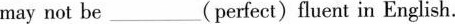
may not be ___ (perfect) fluent in English.